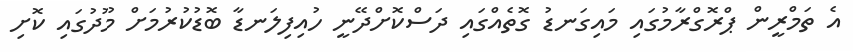
އެ ތަމްރީން ޕްރޮގްރާމުގައި މައިގަނޑު ގޮތެއްގައި ދަސްކޮށްދޭނީ ހުއިފިލަނޑާ ބޮޑުކުރުމަށް މޫދުގައި ކޮށި